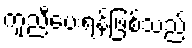
ကူညီပေးရန်ဖြစ်သည်